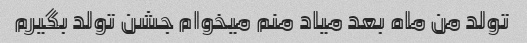
تولد من ماه بعد میاد منم میخوام جشن تولد بگیرم